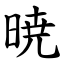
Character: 暁